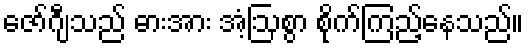
ဇော်ဂျီသည် ဓားအား အံ့ဩစွာ စိုက်ကြည့်နေသည်။